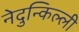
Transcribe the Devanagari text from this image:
नेदुन्किल्ली